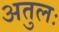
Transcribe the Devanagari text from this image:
अतुलः